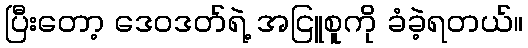
ပြီးတော့ ဒေဝဒတ်ရဲ့ အငြူစူကို ခံခဲ့ရတယ်။